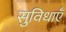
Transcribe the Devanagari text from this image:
सुविधाऍं